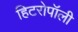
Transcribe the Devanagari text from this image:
हिटरोपॉली